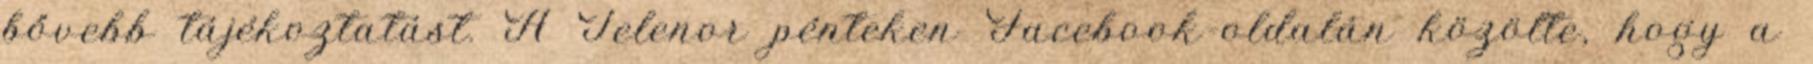
bővebb tájékoztatást. A Telenor pénteken Facebook-oldalán közölte, hogy a